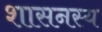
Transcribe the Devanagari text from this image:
शासनस्य